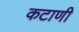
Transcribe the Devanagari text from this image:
कटाणी